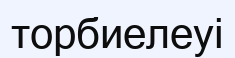
торбиелеуі